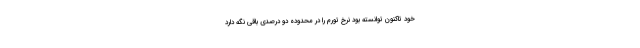
خود تاکنون توانسته بود نرخ تورم را در محدوده دو درصدی باقی نگه دارد